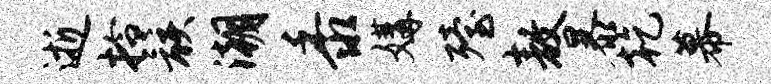
逝拎骸潮黍媾殪敖暴乾幕